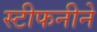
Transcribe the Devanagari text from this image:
स्टीफनीने